Vaccination in the Punjab 1897-1904 - 1897-1904
Year: 1897
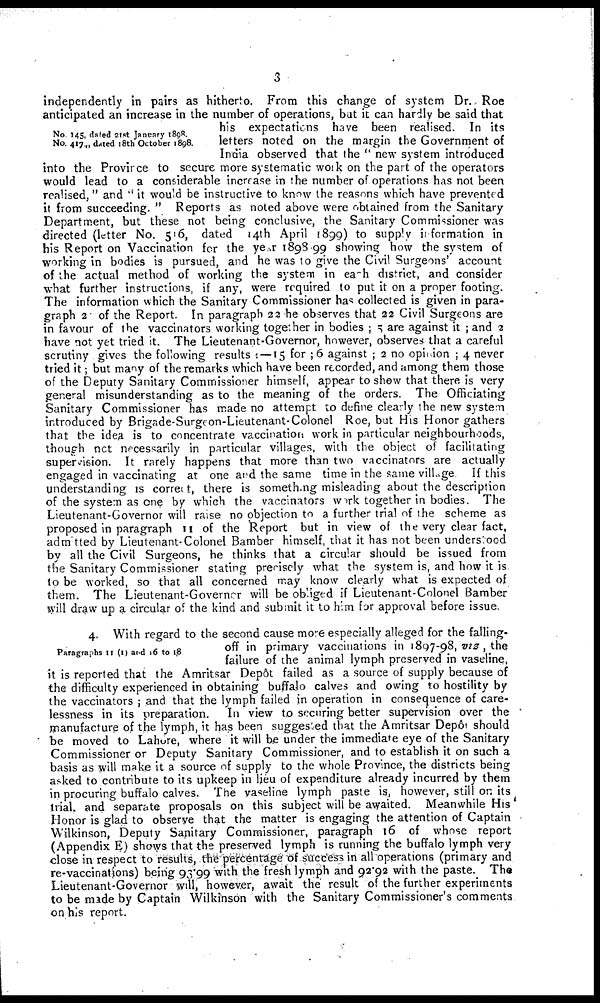
3
No. 145, dated 21st January 1898.
No. 417, dated 18th October 1898.
independently in pairs as hitherto. From this change of system Dr. Roe
anticipated an increase in the number of operations, but it can hardly be said that
his expectations have been realised. In its
letters noted on the margin the Government of
India observed that the "new system introduced
into the Province to secure more systematic work on the part of the operators
would lead to a considerable increase in the number of operations has not been
realised," and "it would be instructive to know the reasons which have prevented
it from succeeding. " Reports as noted above were obtained from the Sanitary
Department, but these not being conclusive, the Sanitary Commissioner was
directed (letter No. 516, dated 14th April 1899) to supply information in
his Report on Vaccination for the year 1898-99 showing how the system of
working in bodies is pursued, and he was to give the Civil Surgeons' account
of the actual method of working the system in each district, and consider
what further instructions, if any, were required to put it on a proper footing.
The information which the Sanitary Commissioner has collected is given in para-
graph 2 of the Report. In paragraph 22 he observes that 22 Civil Surgeons are
in favour of the vaccinators working together in bodies ; 5 are against it ; and 2
have not yet tried it. The Lieutenant-Governor, however, observes that a careful
scrutiny gives the following results : —15 for ;6 against ; 2 no opinion ; 4 never
tried it; but many of the remarks which have been recorded, and among them those
of the Deputy Sanitary Commissioner himself, appear to show that there is very
general misunderstanding as to the meaning of the orders. The Officiating
Sanitary Commissioner has made no attempt to define clearly the new system
introduced by Brigade-Surgeon-Lieutenant-Colonel Roe, but His Honor gathers
that the idea is to concentrate vaccination work in particular neighbourhoods,
though net necessarily in particular villages, with the object of facilitating
supervision. It rarely happens that more than two vaccinators are actually
engaged in vaccinating at one and the same time in the same village If this
understanding is correct, there is something misleading about the description
of the system as one by which the vaccinators work together in bodies. The
Lieutenant-Governor will raise no objection to a further trial of the scheme as
proposed in paragraph II of the Report but in view of the very clear fact,
admitted by Lieutenant-Colonel Bamber himself, that it has not been understood
by all the Civil Surgeons, he thinks that a circular should be issued from
the Sanitary Commissioner stating preoisely what the system is, and how it is
to be worked, so that all concerned may know clearly what is expected of
them. The Lieutenant-Governer will be obliged if Lieutenant-Colonel Bamber
will draw up a circular of the kind and submit it to him for approval before issue.
Paragraphs II(I) and 16 to 18
4. With regard to the second cause more especially alleged for the falling.
off in primary vaccinations in 1897-98, viz, the
failure of the animal lymph preserved in vaseline,
it is reported that the Amritsar Depôt failed as a source of supply because of
the difficulty experienced in obtaining buffalo calves and owing to hostility by
the vaccinators ; and that the lymph failed in operation in consequence of care-
lessness in its preparation. In view to securing better supervision over the
manufacture of the lymph, it has been suggested that the Amritsar Depôt should
be moved to Lahore, where it will be under the immediate eye of the Sanitary
Commissioner or Deputy Sanitary Commissioner, and to establish it on such a
basis as will make it a source of supply to the whole Province, the districts being
asked to contribute to its upkeep in lieu of expenditure already incurred by them
in procuring buffalo calves. The vaseline lymph paste is, however, still on its
trial and separate proposals on this subject will be awaited. Meanwhile His
Honor is glad to observe that the matter is engaging the attention of Captain
Wilkinson, Deputy Sanitary Commissioner, paragraph 16 of whose report
(Appendix E) shows that the preserved lymph is running the buffalo lymph very
close in respect to results, the percentage of success in all operations (primary and
re-vaccinations) being 93.99 with the fresh lymph and 92.92 with the paste. The
Lieutenant-Governor will, however, await the result of the further experiments
to be made by Captain Wilkinson with the Sanitary Commissioner's comments
on his report.